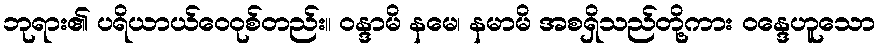
ဘုရား၏ ပရိယာယ်ဝေဝုစ်တည်း။ ဝန္ဒာမိ နမေ၊ နမာမိ အစရှိသည်တို့ကား ဝန္ဒေဟူသော